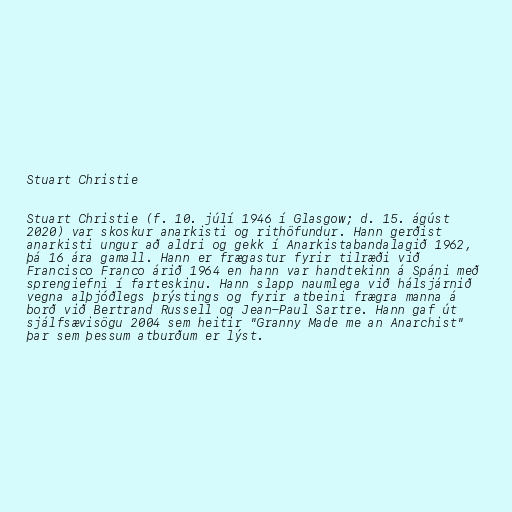
Stuart Christie

Stuart Christie (f. 10. júlí 1946 í Glasgow; d. 15. ágúst
2020) var skoskur anarkisti og rithöfundur. Hann gerðist
anarkisti ungur að aldri og gekk í Anarkistabandalagið 1962,
þá 16 ára gamall. Hann er frægastur fyrir tilræði við
Francisco Franco árið 1964 en hann var handtekinn á Spáni með
sprengiefni í farteskinu. Hann slapp naumlega við hálsjárnið
vegna alþjóðlegs þrýstings og fyrir atbeini frægra manna á
borð við Bertrand Russell og Jean-Paul Sartre. Hann gaf út
sjálfsævisögu 2004 sem heitir "Granny Made me an Anarchist"
þar sem þessum atburðum er lýst.